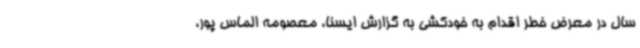
سال در معرض خطر اقدام به خودکشی به گزارش ایسنا، معصومه الماس پور،